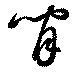
閒